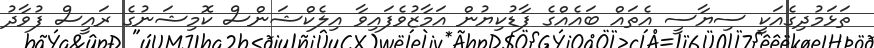
ތަޅަމުދިގެއަކީ ސިޔާސީ އެތައް ބައެއްގެ ފާޑުކިޔުން އަމާޒުވެފައިވާ އިލެކްޝަންސް ކޮމިޝަނުގެ ރައީސް ފުވާދު